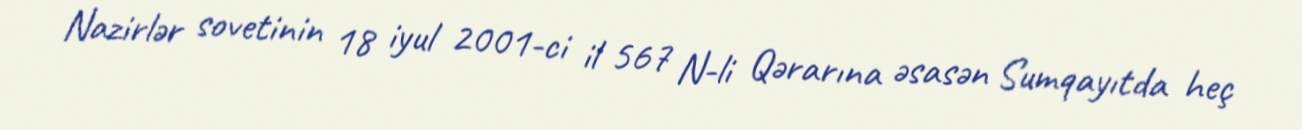
Nazirlər sovetinin 18 iyul 2001-ci il 567 N-li Qərarına əsasən Sumqayıtda heç